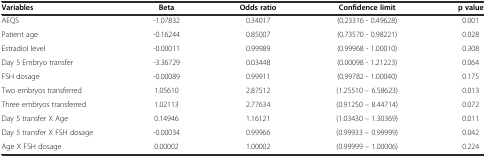
| Variables | Beta | Odds ratio | Confidence limit | p value |
 | --- | --- | --- | --- | --- |
 | AEQS | -1.07832 | 0.34017 | (0.23316 - 0.49628) | 0.001 |
 | Patient age | -0.16244 | 0.85007 | (0.73570 - 0.98221) | 0.028 |
 | Estradiol level | -0.00011 | 0.99989 | (0.99968 - 1.00010) | 0.308 |
 | Day 5 Embryo transfer | -3.36729 | 0.03448 | (0.00098 - 1.21223) | 0.064 |
 | FSH dosage | -0.00089 | 0.99911 | (0.99782 - 1.00040) | 0.175 |
 | Two embryos transferred | 1.05610 | 2.87512 | (1.25510 – 6.58623) | 0.013 |
 | Three embryos transferred | 1.02113 | 2.77634 | (0.91250 – 8.44714) | 0.072 |
 | Day 5 transfer X Age | 0.14946 | 1.16121 | (1.03430 – 1.30369) | 0.011 |
 | Day 5 transfer X FSH dosage | -0.00034 | 0.99966 | (0.99933 – 0.99999) | 0.042 |
 | Age X FSH dosage | 0.00002 | 1.00002 | (0.99999 – 1.00006) | 0.224 |